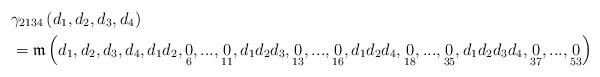
LaTeX: \begin{align*}& \gamma_{2134}\left( d_{1},d_{2},d_{3},d_{4}\right) \\& =\mathfrak{m}\left( d_{1},d_{2},d_{3},d_{4},d_{1}d_{2},\underset{6}{0},...,\underset{11}{0},d_{1}d_{2}d_{3},\underset{13}{0},...,\underset{16}{0},d_{1}d_{2}d_{4},\underset{18}{0},...,\underset{35}{0},d_{1}d_{2}d_{3}d_{4},\underset{37}{0},...,\underset{53}{0}\right)\end{align*}